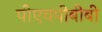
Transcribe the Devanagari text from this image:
पीएचपीबीबी